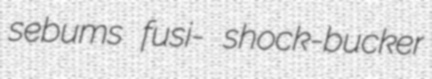
sebums fusi- shock-bucker